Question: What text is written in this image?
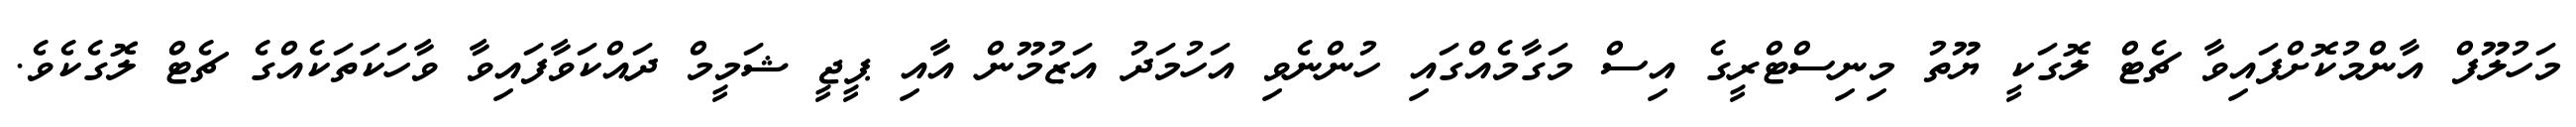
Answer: މަހުލޫފް އާންމުކޮށްފައިވާ ޗެޓް ލޮގަކީ ޔޫތު މިނިސްޓްރީގެ އިސް މަގާމެއްގައި ހުންނެވި އަހުމަދު އަޒުމޫން އާއި ޕީޖީ ޝަމީމް ދައްކަވާފައިވާ ވާހަކަތަކެއްގެ ޗެޓް ލޮގެކެވެ.